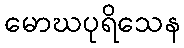
မောဃပုရိသေန